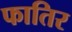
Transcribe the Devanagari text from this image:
फातिर